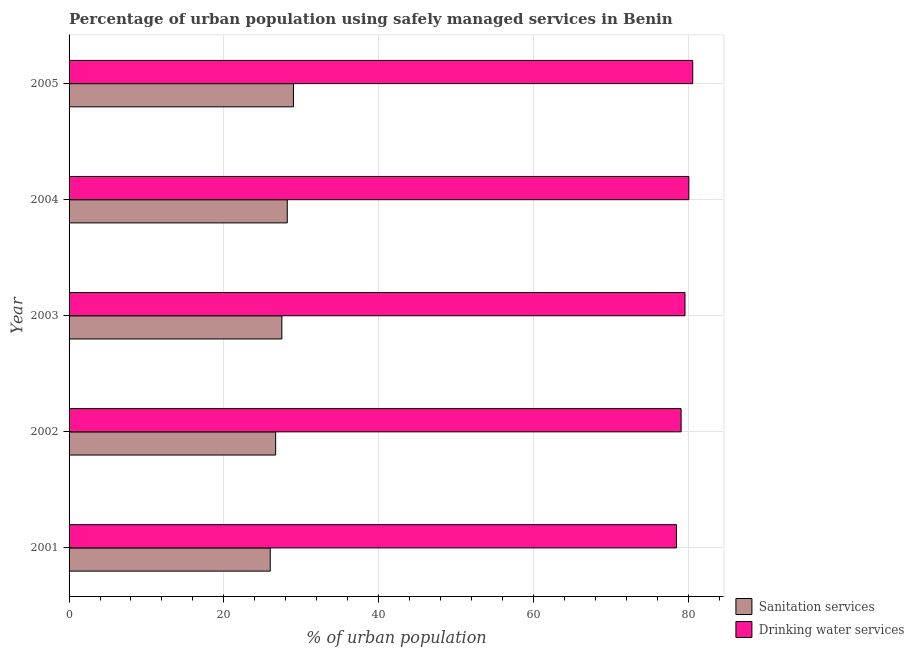
| Year | Sanitation services | Drinking water services |
 | --- | --- | --- |
 | 2001 | 26 | 78.5 |
 | 2002 | 26.7 | 79.1 |
 | 2003 | 27.5 | 79.6 |
 | 2004 | 28.2 | 80.1 |
 | 2005 | 29 | 80.6 |